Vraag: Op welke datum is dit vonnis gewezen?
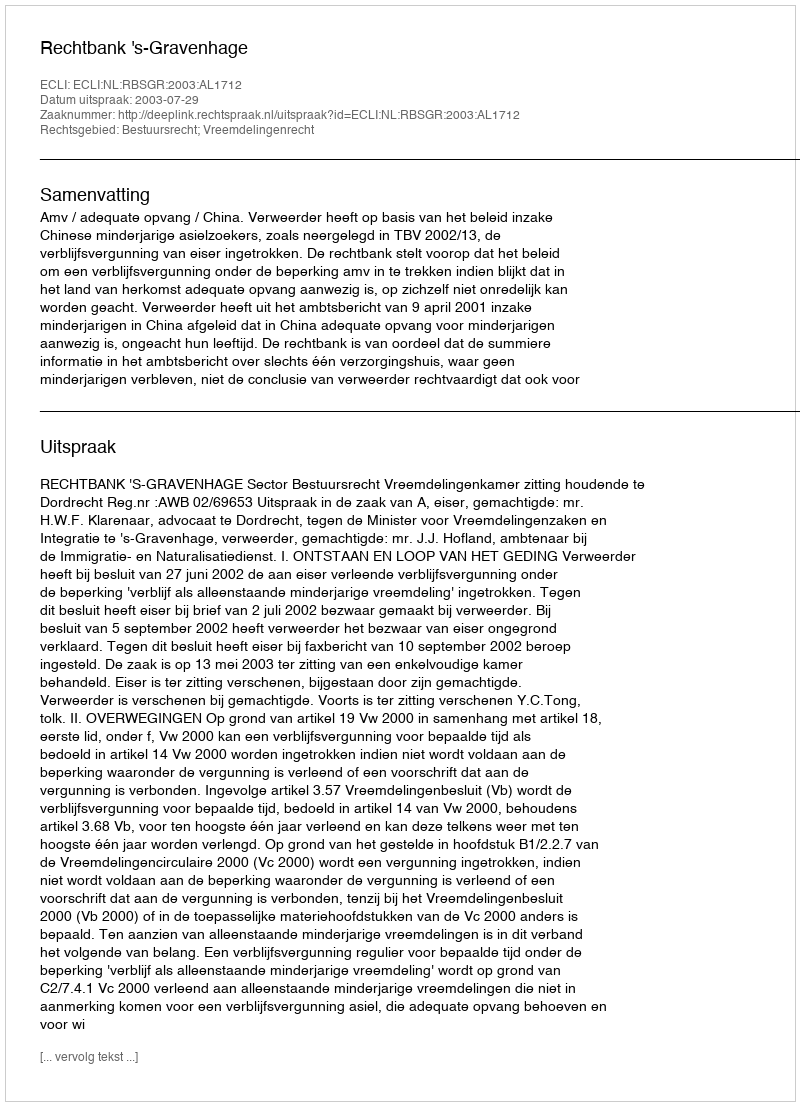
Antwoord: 2003-07-29